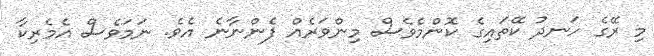
މި ރޭގެ ހަނދު ކޭތައިގެ ކޮންމެވެސް މިންވަރެއް ފެންނާނެ އެވެ. ނަމަވެސް އެމެރިކާ